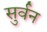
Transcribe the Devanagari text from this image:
सुर्वन